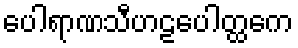
ပေါရာဏသီဟဠပေါတ္ထကေ